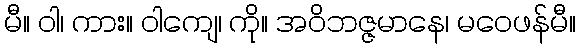
မီ။ ဝါ၊ ကား။ ဝါကျေ၊ ကို။ အဝိဘဇ္ဇမာနေ၊ မဝေဖန်မီ။